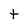
Character: t